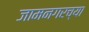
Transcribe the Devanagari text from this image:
जामनगरच्या